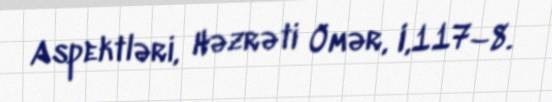
Aspektləri, Həzrəti Ömər, I,117–8.